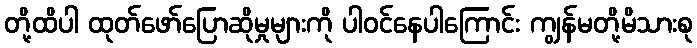
တို့ထိပါ ထုတ်ဖော်ပြောဆိုမှုများကို ပါဝင်နေပါကြောင်း ကျွန်မတို့မိသားစု